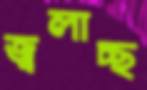
জ্বলাচ্ছ